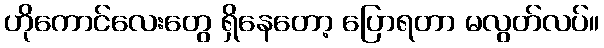
ဟိုကောင်လေးတွေ ရှိနေတော့ ပြောရတာ မလွတ်လပ်။